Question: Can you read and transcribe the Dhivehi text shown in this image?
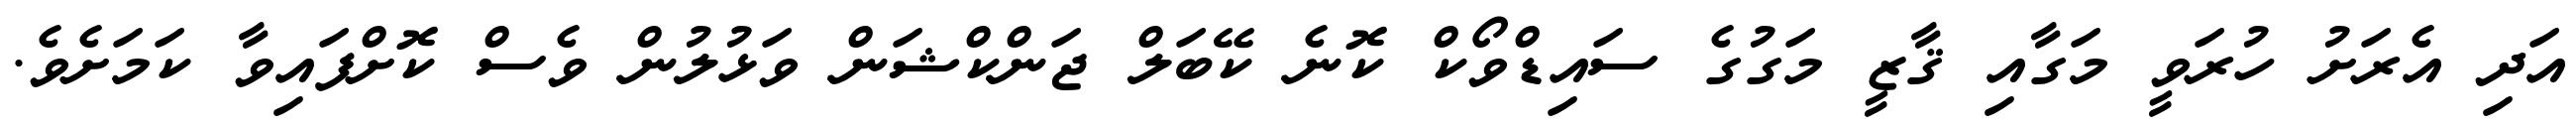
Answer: އަދި އެރަށު ހުރަވީ މަގާއި ޤާޒީ މަގުގެ ސައިޑްވޯކް ކޮނެ ކޭބަލް ޖަންކްޝަން ވަޅުލުން ވެސް ކޮށްފައިވާ ކަމަށެވެ.